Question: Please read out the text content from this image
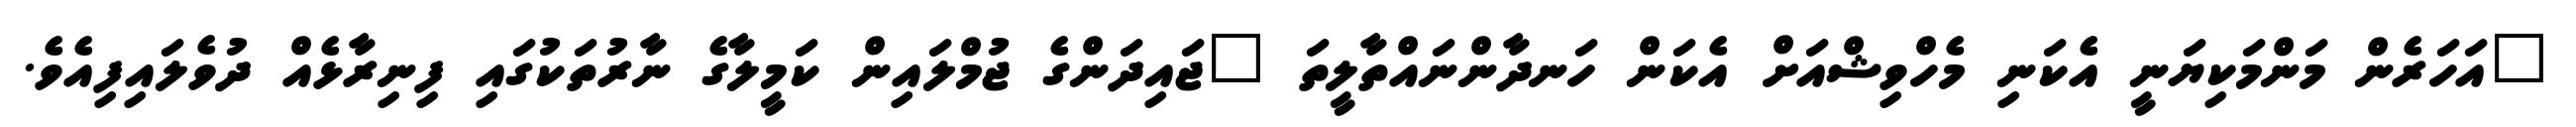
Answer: "އަހަރެން މަންމަކިޔަނީ އެކަނި މެހްވިޝްއަށް އެކަން ހަނދާންނައްތާލީތަ "ޖައިދަންގެ ޖުމްލައިން ކަމީލާގެ ނާރުތަކުގައި ފިނިރާޅެއް ދުވެލައިފިއެވެ.